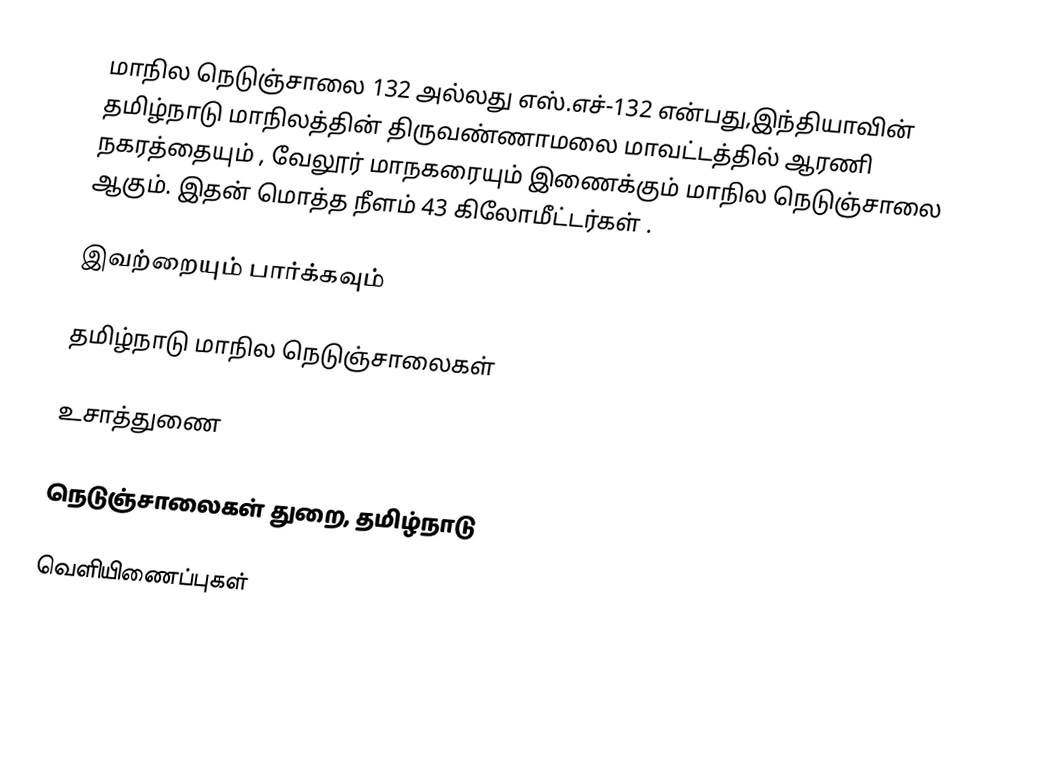
மாநில நெடுஞ்சாலை 132 அல்லது எஸ்.எச்-132  என்பது,இந்தியாவின் தமிழ்நாடு மாநிலத்தின்  திருவண்ணாமலை மாவட்டத்தில்  ஆரணி நகரத்தையும் , வேலூர் மாநகரையும் இணைக்கும் மாநில நெடுஞ்சாலை ஆகும். இதன் மொத்த நீளம் 43 கிலோமீட்டர்கள் .

இவற்றையும் பார்க்கவும்

 தமிழ்நாடு மாநில நெடுஞ்சாலைகள்

உசாத்துணை

 நெடுஞ்சாலைகள் துறை, தமிழ்நாடு

வெளியிணைப்புகள்